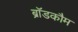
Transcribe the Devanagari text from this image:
ब्रॉडकौम